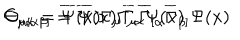
C _ { \mu \alpha } = \overline { { { \Psi } } } ( x ) \Gamma _ { \mu } \overline { { { \Gamma } } } _ { \alpha } \Psi ( x ) \hspace { 0 . 3 i n } \Theta _ { \mu [ \alpha \beta ] } = \overline { { { \Psi } } } ( x ) \Gamma _ { \mu } \overline { { { \Gamma } } } _ { [ \alpha } \overline { { { \Gamma } } } _ { \beta ] } \Psi ( x )